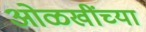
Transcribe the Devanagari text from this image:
ओळखींच्या